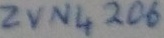
Text: ZVN4206